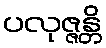
ပလုဇ္ဇန္တိ